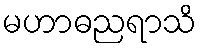
မဟာဓညရာသိ